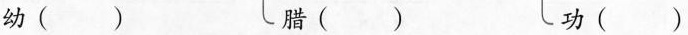
幼()腊()功()